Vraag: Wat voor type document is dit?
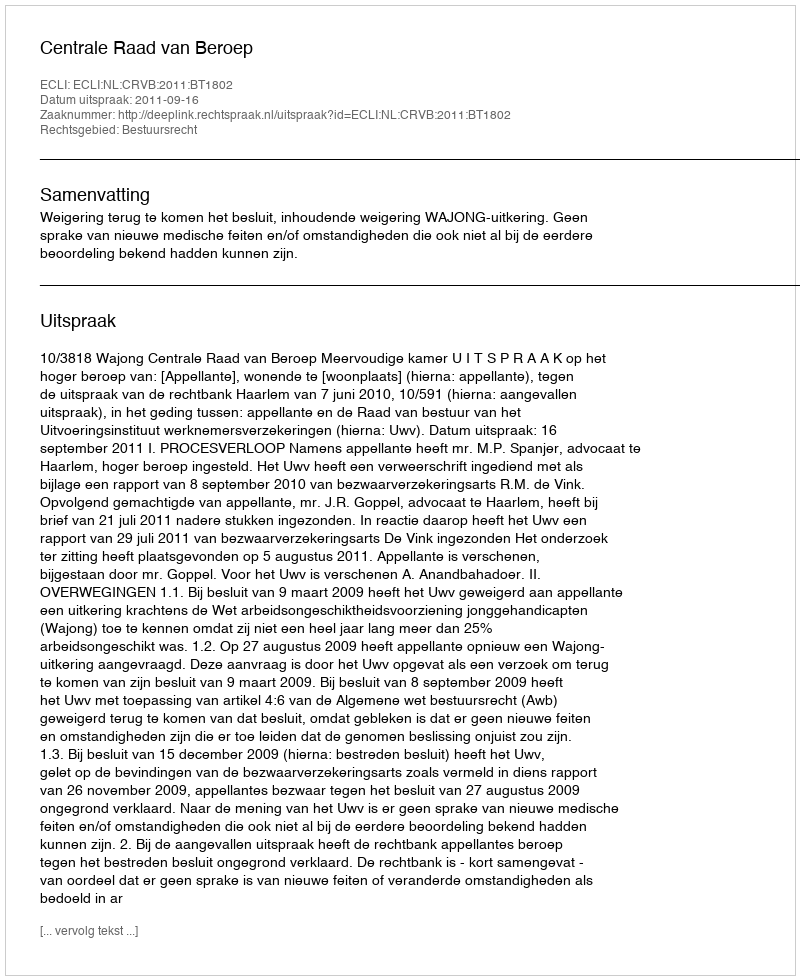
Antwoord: Uitspraak